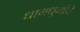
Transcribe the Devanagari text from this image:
धामधुमीचे